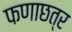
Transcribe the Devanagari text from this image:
फणाछत्र